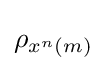
\rho _{x^{n}\left(m\right)}